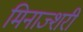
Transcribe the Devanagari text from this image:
मिनाज्शरी